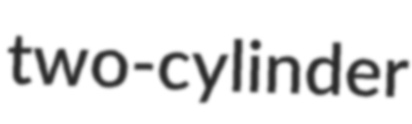
two-cylinder